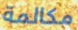
مكالمة